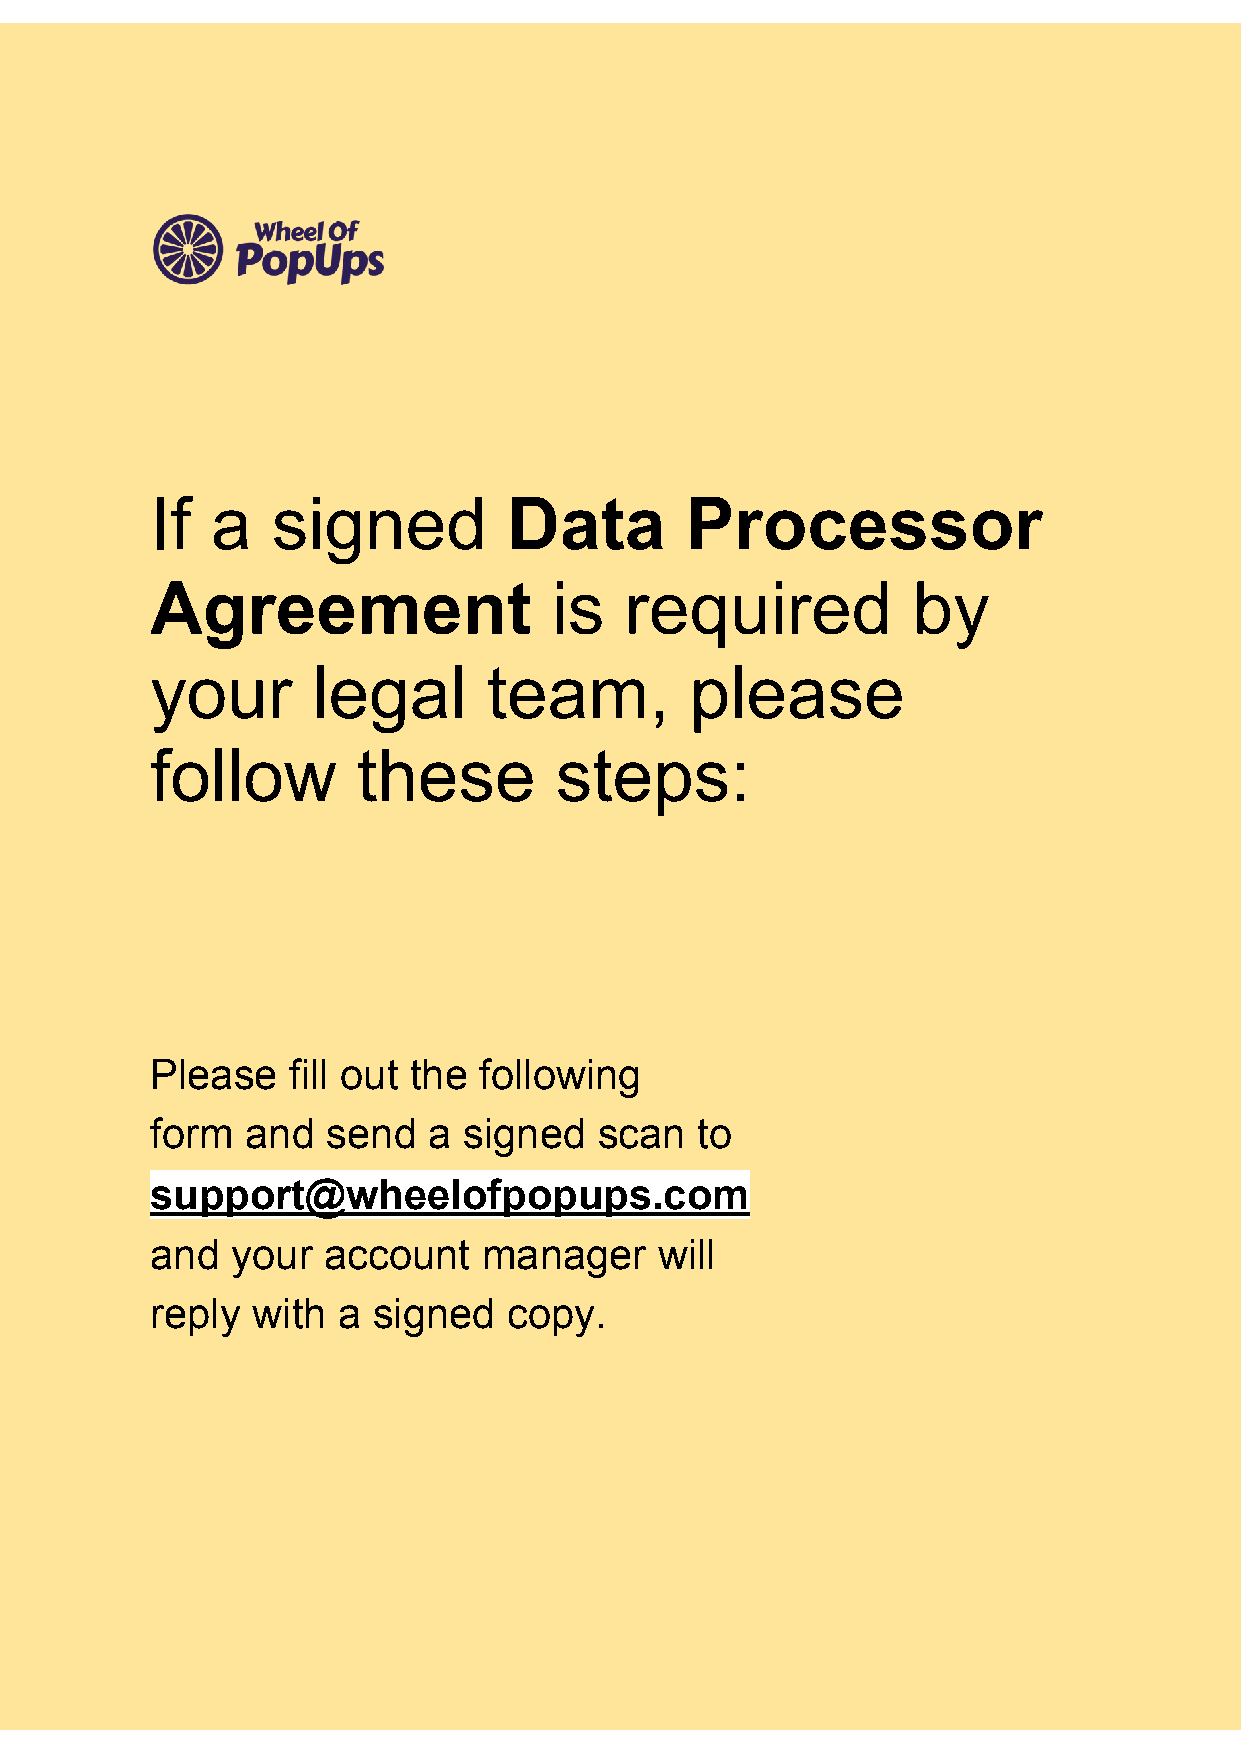
If  a   signed          Data       Processor
 ​
 Agreement                  is  required           by
 ​
 your       legal      team,         please
 follow        these        steps:
 Please   fill out the following
 form  and   send  a  signed   scan  to
 support@wheelofpopups.com
 and  your  account    manager     will
 reply  with a  signed   copy.